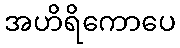
အဟိရိကောပေ